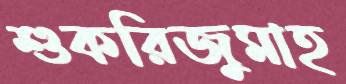
শুকরিজুমাহ